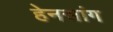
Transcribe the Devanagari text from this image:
हेनसांग